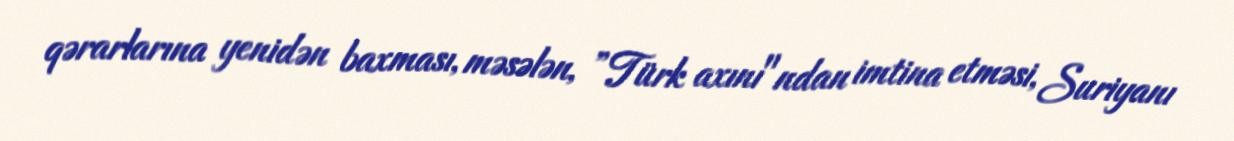
qərarlarına yenidən baxması, məsələn, ”Türk axını"ndan imtina etməsi, Suriyanı